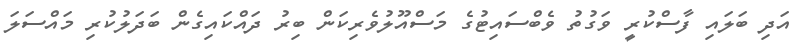
އަދި ބަލައި ފާސްކުރީ ވަގުތު ވެބްސައިޓުގެ މަސްއޫލުވެރިކަން ބިރު ދައްކައިގެން ބަދަލުކުރި މައްސަލަ